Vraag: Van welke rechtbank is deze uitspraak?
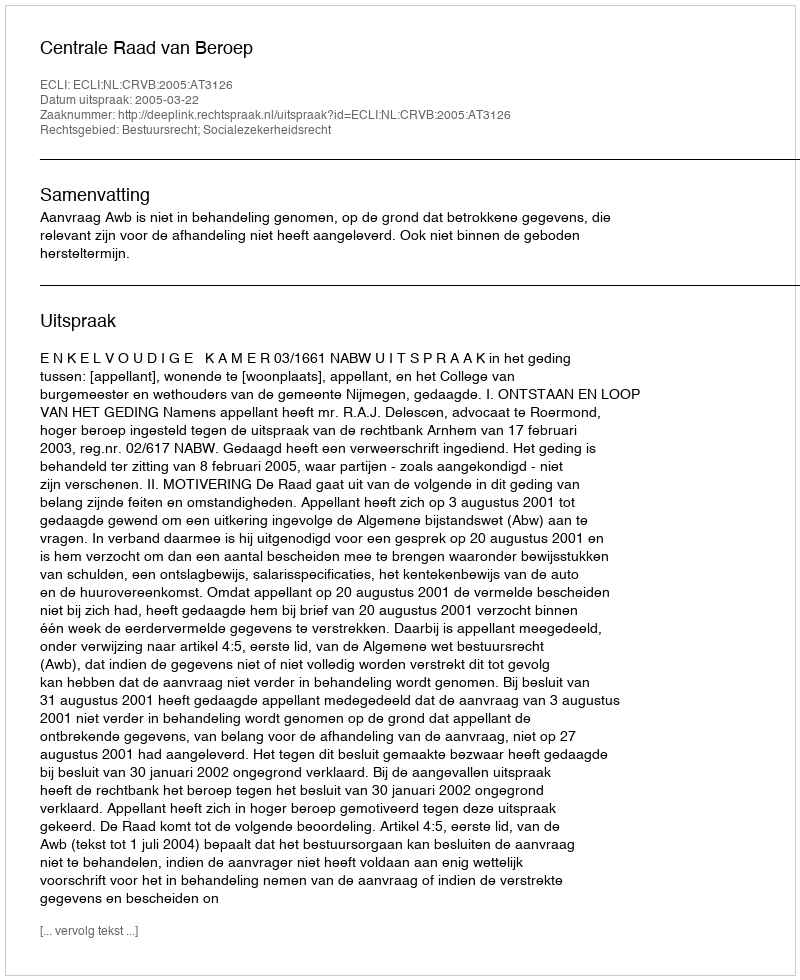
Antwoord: Centrale Raad van Beroep